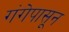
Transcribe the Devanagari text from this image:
गंगेपासून